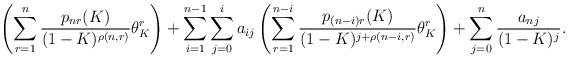
LaTeX: \begin{align*} \left(\sum_{r = 1}^n \frac{p_{nr}(K)}{(1-K)^{\rho(n,r)}}\theta_K^r\right) + \sum_{i = 1}^{n-1}\sum_{j = 0}^i a_{ij}\left(\sum_{r = 1}^{n-i} \frac{p_{(n-i)r}(K)}{(1-K)^{j+\rho(n-i,r)}}\theta_K^r\right) + \sum_{j = 0}^n\frac{a_{nj}}{(1-K)^j}.\end{align*}